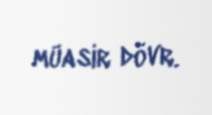
müasir dövr.